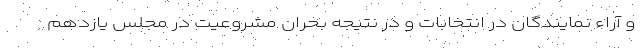
و آراء نمایندگان در انتخابات و در نتیجه بحران مشروعیت در مجلس یازدهم